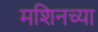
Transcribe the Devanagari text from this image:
मशिनच्या